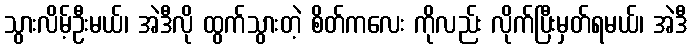
သွားလိမ့်ဦးမယ်၊ အဲဒီလို ထွက်သွားတဲ့ စိတ်ကလေး ကိုလည်း လိုက်ပြီးမှတ်ရမယ်၊ အဲဒီ